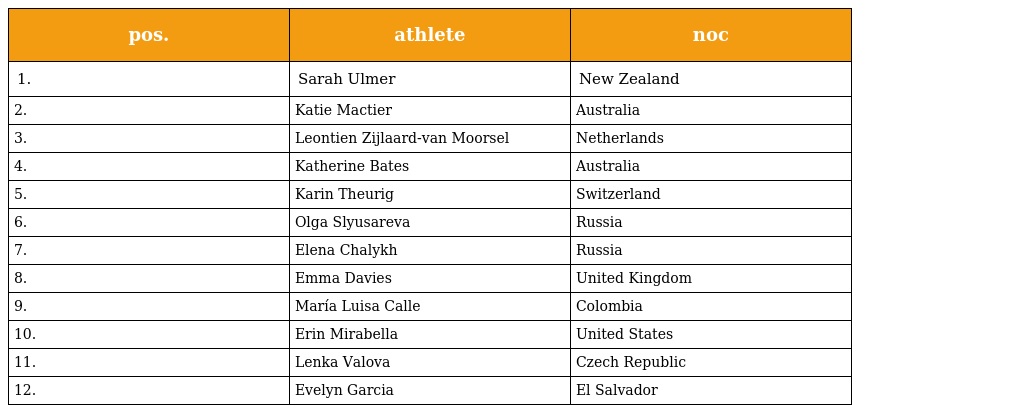
| pos. | athlete | noc |
 | --- | --- | --- |
 | 1. | Sarah Ulmer | New Zealand |
 | 2. | Katie Mactier | Australia |
 | 3. | Leontien Zijlaard-van Moorsel | Netherlands |
 | 4. | Katherine Bates | Australia |
 | 5. | Karin Theurig | Switzerland |
 | 6. | Olga Slyusareva | Russia |
 | 7. | Elena Chalykh | Russia |
 | 8. | Emma Davies | United Kingdom |
 | 9. | María Luisa Calle | Colombia |
 | 10. | Erin Mirabella | United States |
 | 11. | Lenka Valova | Czech Republic |
 | 12. | Evelyn Garcia | El Salvador |